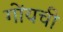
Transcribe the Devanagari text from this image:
गोंयची